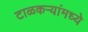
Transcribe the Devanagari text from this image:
टाळकऱ्यांमध्ये